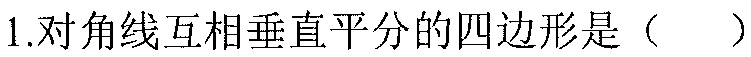
1.对角线互相垂直平分的四边形是（  ）